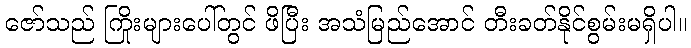
ဇော်သည် ကြိုးများပေါ်တွင် ဖိပြီး အသံမြည်အောင် တီးခတ်နိုင်စွမ်းမရှိပါ။